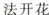
法开花